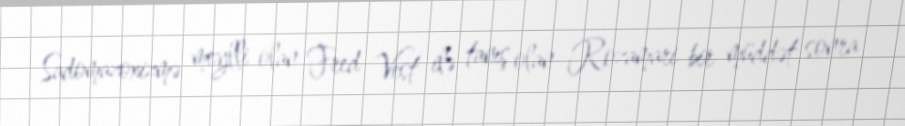
Sadomazoxizmə meylli olan Fred Vest ilə tanış olan Rozamari bir müddət sonra